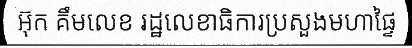
អ៊ុក គឹមលេខ រដ្ឋលេខាធិការប្រសួងមហាផ្ទៃ